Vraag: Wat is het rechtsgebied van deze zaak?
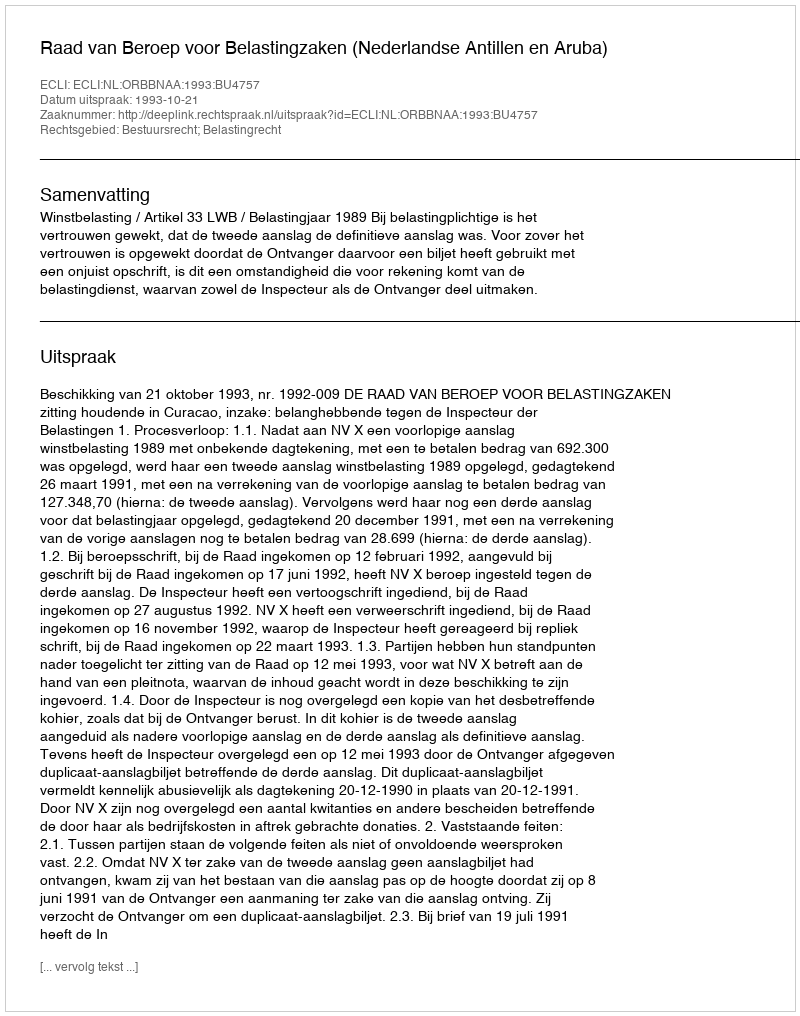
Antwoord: Bestuursrecht; Belastingrecht